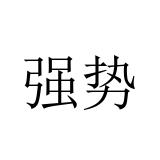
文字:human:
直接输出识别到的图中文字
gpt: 强势